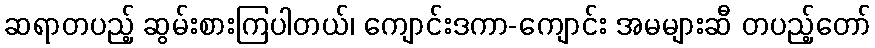
ဆရာတပည့် ဆွမ်းစားကြပါတယ်၊ ကျောင်းဒကာ-ကျောင်း အမများဆီ တပည့်တော်